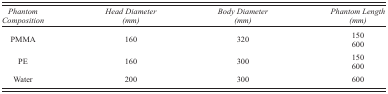
<table><thead><tr><td><b><i>Phantom Composition</i></b></td><td><b><i>Head Diameter (mm)</i></b></td><td><b><i>Body Diameter (mm)</i></b></td><td><b><i>Phantom Length (mm)</i></b></td></tr></thead><tbody><tr><td>PMMA</td><td>160</td><td>320</td><td>150</td></tr><tr><td></td><td></td><td></td><td>600</td></tr><tr><td>PE</td><td>160</td><td>300</td><td>150</td></tr><tr><td></td><td></td><td></td><td>600</td></tr><tr><td>Water</td><td>200</td><td>300</td><td>600</td></tr></tbody></table>